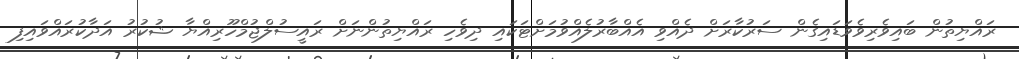
ރައްޔިތުން ބައިވެރިވެވަޑައިގެން ސަރުކާރަށް ދެއްވި އެއްބާރުލެއްވުމަށްޓަކައި ދިވެހި ރައްޔިތުންނަށް ރައީސުލްޖުމްހޫރިއްޔާ ޝުކުރު އަދާކުރައްވައިފި